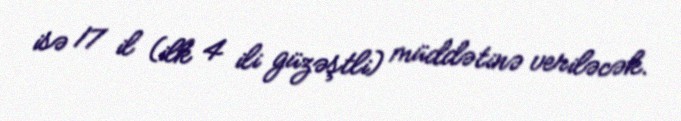
isə 17 il (ilk 4 ili güzəştli) müddətinə veriləcək.